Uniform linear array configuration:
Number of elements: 8
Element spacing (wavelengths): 1
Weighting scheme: hann
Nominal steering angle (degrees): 15
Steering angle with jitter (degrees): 16.323
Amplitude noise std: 0.05
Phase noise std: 0.05

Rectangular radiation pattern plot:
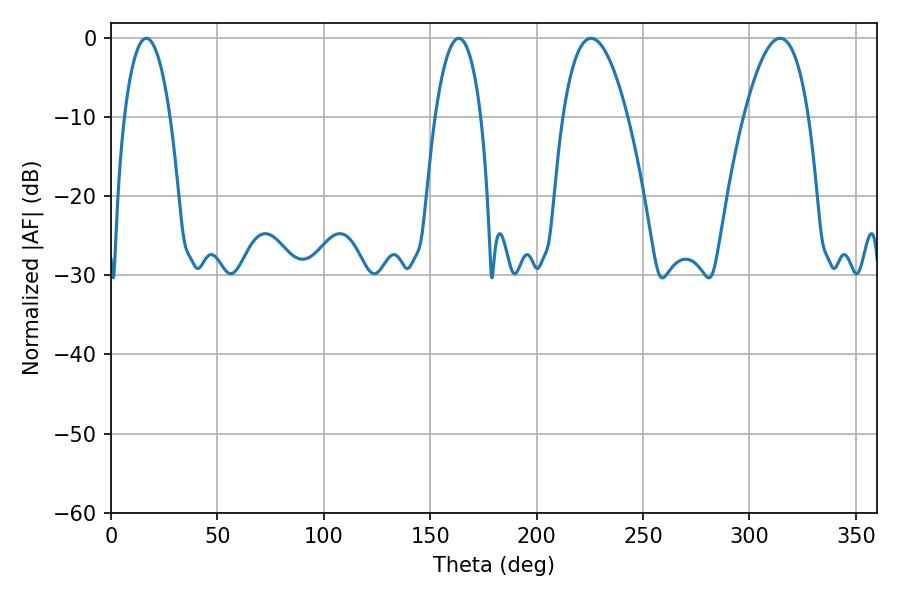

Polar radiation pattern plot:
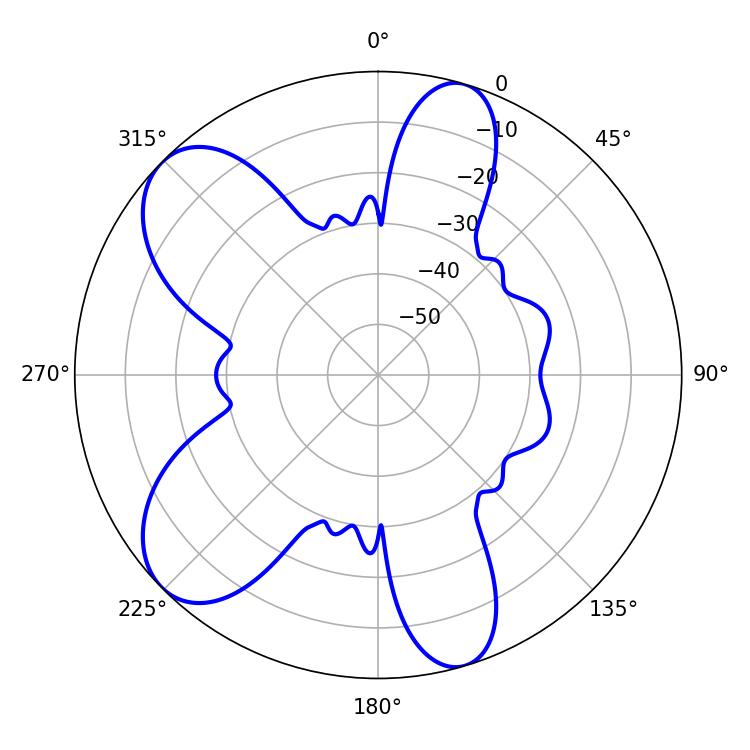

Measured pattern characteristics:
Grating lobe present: TRUE
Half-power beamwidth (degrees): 12.06
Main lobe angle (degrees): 16.56